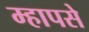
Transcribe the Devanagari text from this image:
म्हापसे